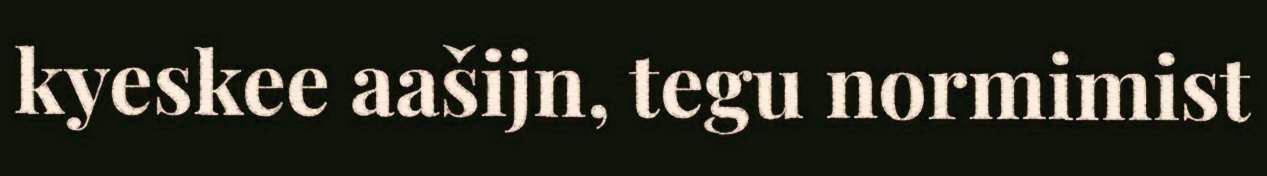
kyeskee aašijn, tegu normimist